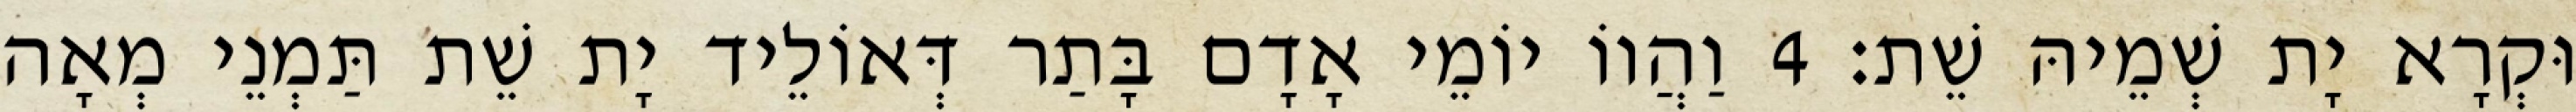
וּקְרָא יָת שְׁמֵיהּ שֵׁת׃ 4 וַהֲווֹ יוֹמֵי אָדָם בָּתַר דְּאוֹלֵיד יָת שֵׁת תַּמְנֵי מְאָה